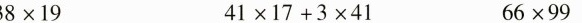
$$38\times19$$ $$41\times17+3\times41$$ $$66\times99$$